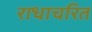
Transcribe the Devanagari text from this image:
राधाचरित